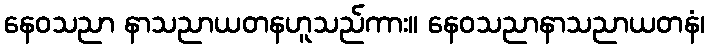
နေဝသညာ နာသညာယတနဟူသည်ကား။ နေဝသညာနာသညာယတနံ၊